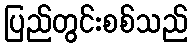
ပြည်တွင်းစစ်သည်